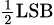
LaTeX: \scriptstyle{\frac{1}{2}}\mathrm{LSB}